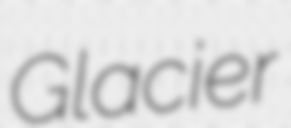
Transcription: Glacier